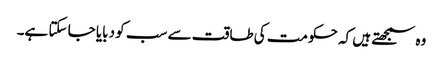
وہ سمجھتے ہیں کہ حکومت کی طاقت سے سب کو دبایا جا سکتا ہے۔